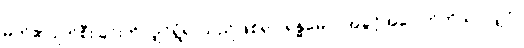
မိတ်၏ပျက်စီးခြင်းကိုလျှင်ရွံရှာသည်ဖြစ်၍။ ရန္ဓမေဝ၊ အခွင့်အပေါက်ကိုသာလျှင်။